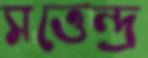
সত্তেন্দ্র